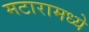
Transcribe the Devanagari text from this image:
मटारामध्ये